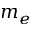
m _ { e }